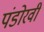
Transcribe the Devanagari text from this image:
पंडोरवी